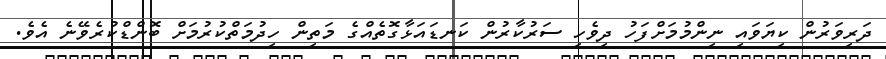
ދަރިވަރުން ކިޔަވައި ނިންމުމަށްފަހު ދިވެހި ސަރުކާރުން ކަނޑައަޅާގޮތެއްގެ މަތިން ހިދުމަތްކުރުމަށް ބޮންޑްކުރެވޭނެ އެވެ.